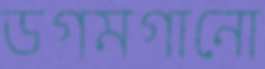
ডগমগানো